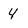
Character: 4